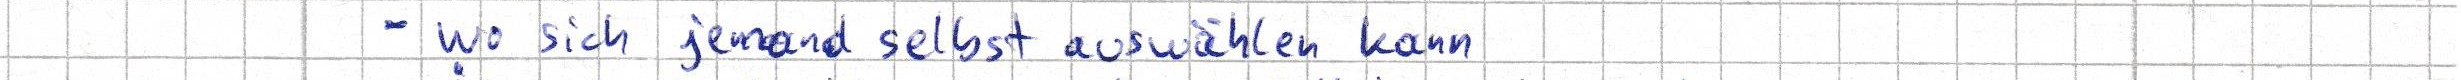
- wo sich jemand selbst auswählen kann